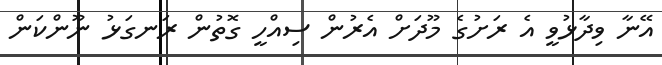
އޭނާ ވިދާޅުވީ އެ ރަށުގެ މޫދަށް އެރުން ސިއްހީ ގޮތުން ރަނގަޅު ނޫންކަން